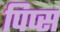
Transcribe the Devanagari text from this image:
पिप्स